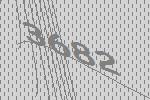
3682